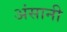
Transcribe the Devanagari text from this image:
अंसानी